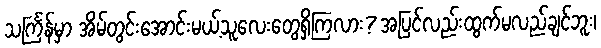
သင်္ကြန်မှာ အိမ်တွင်းအောင်းမယ့်သူလေးတွေရှိကြလား? အပြင်လည်းထွက်မလည်ချင်ဘူး၊